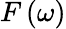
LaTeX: F\left(\omega\right)